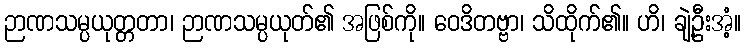
ဉာဏသမ္ပယုတ္တတာ၊ ဉာဏသမ္ပယုတ်၏ အဖြစ်ကို။ ဝေဒိတဗ္ဗာ၊ သိထိုက်၏။ ဟိ၊ ချဲ့ဦးအံ့။